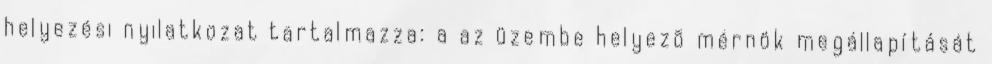
helyezési nyilatkozat tartalmazza: a az üzembe helyezõ mérnök megállapítását